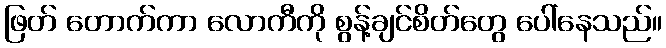
ဖြတ် တောက်ကာ လောကီကို စွန့်ချင်စိတ်တွေ ပေါ်နေသည်။